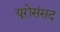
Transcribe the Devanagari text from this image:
यूरोसंसद